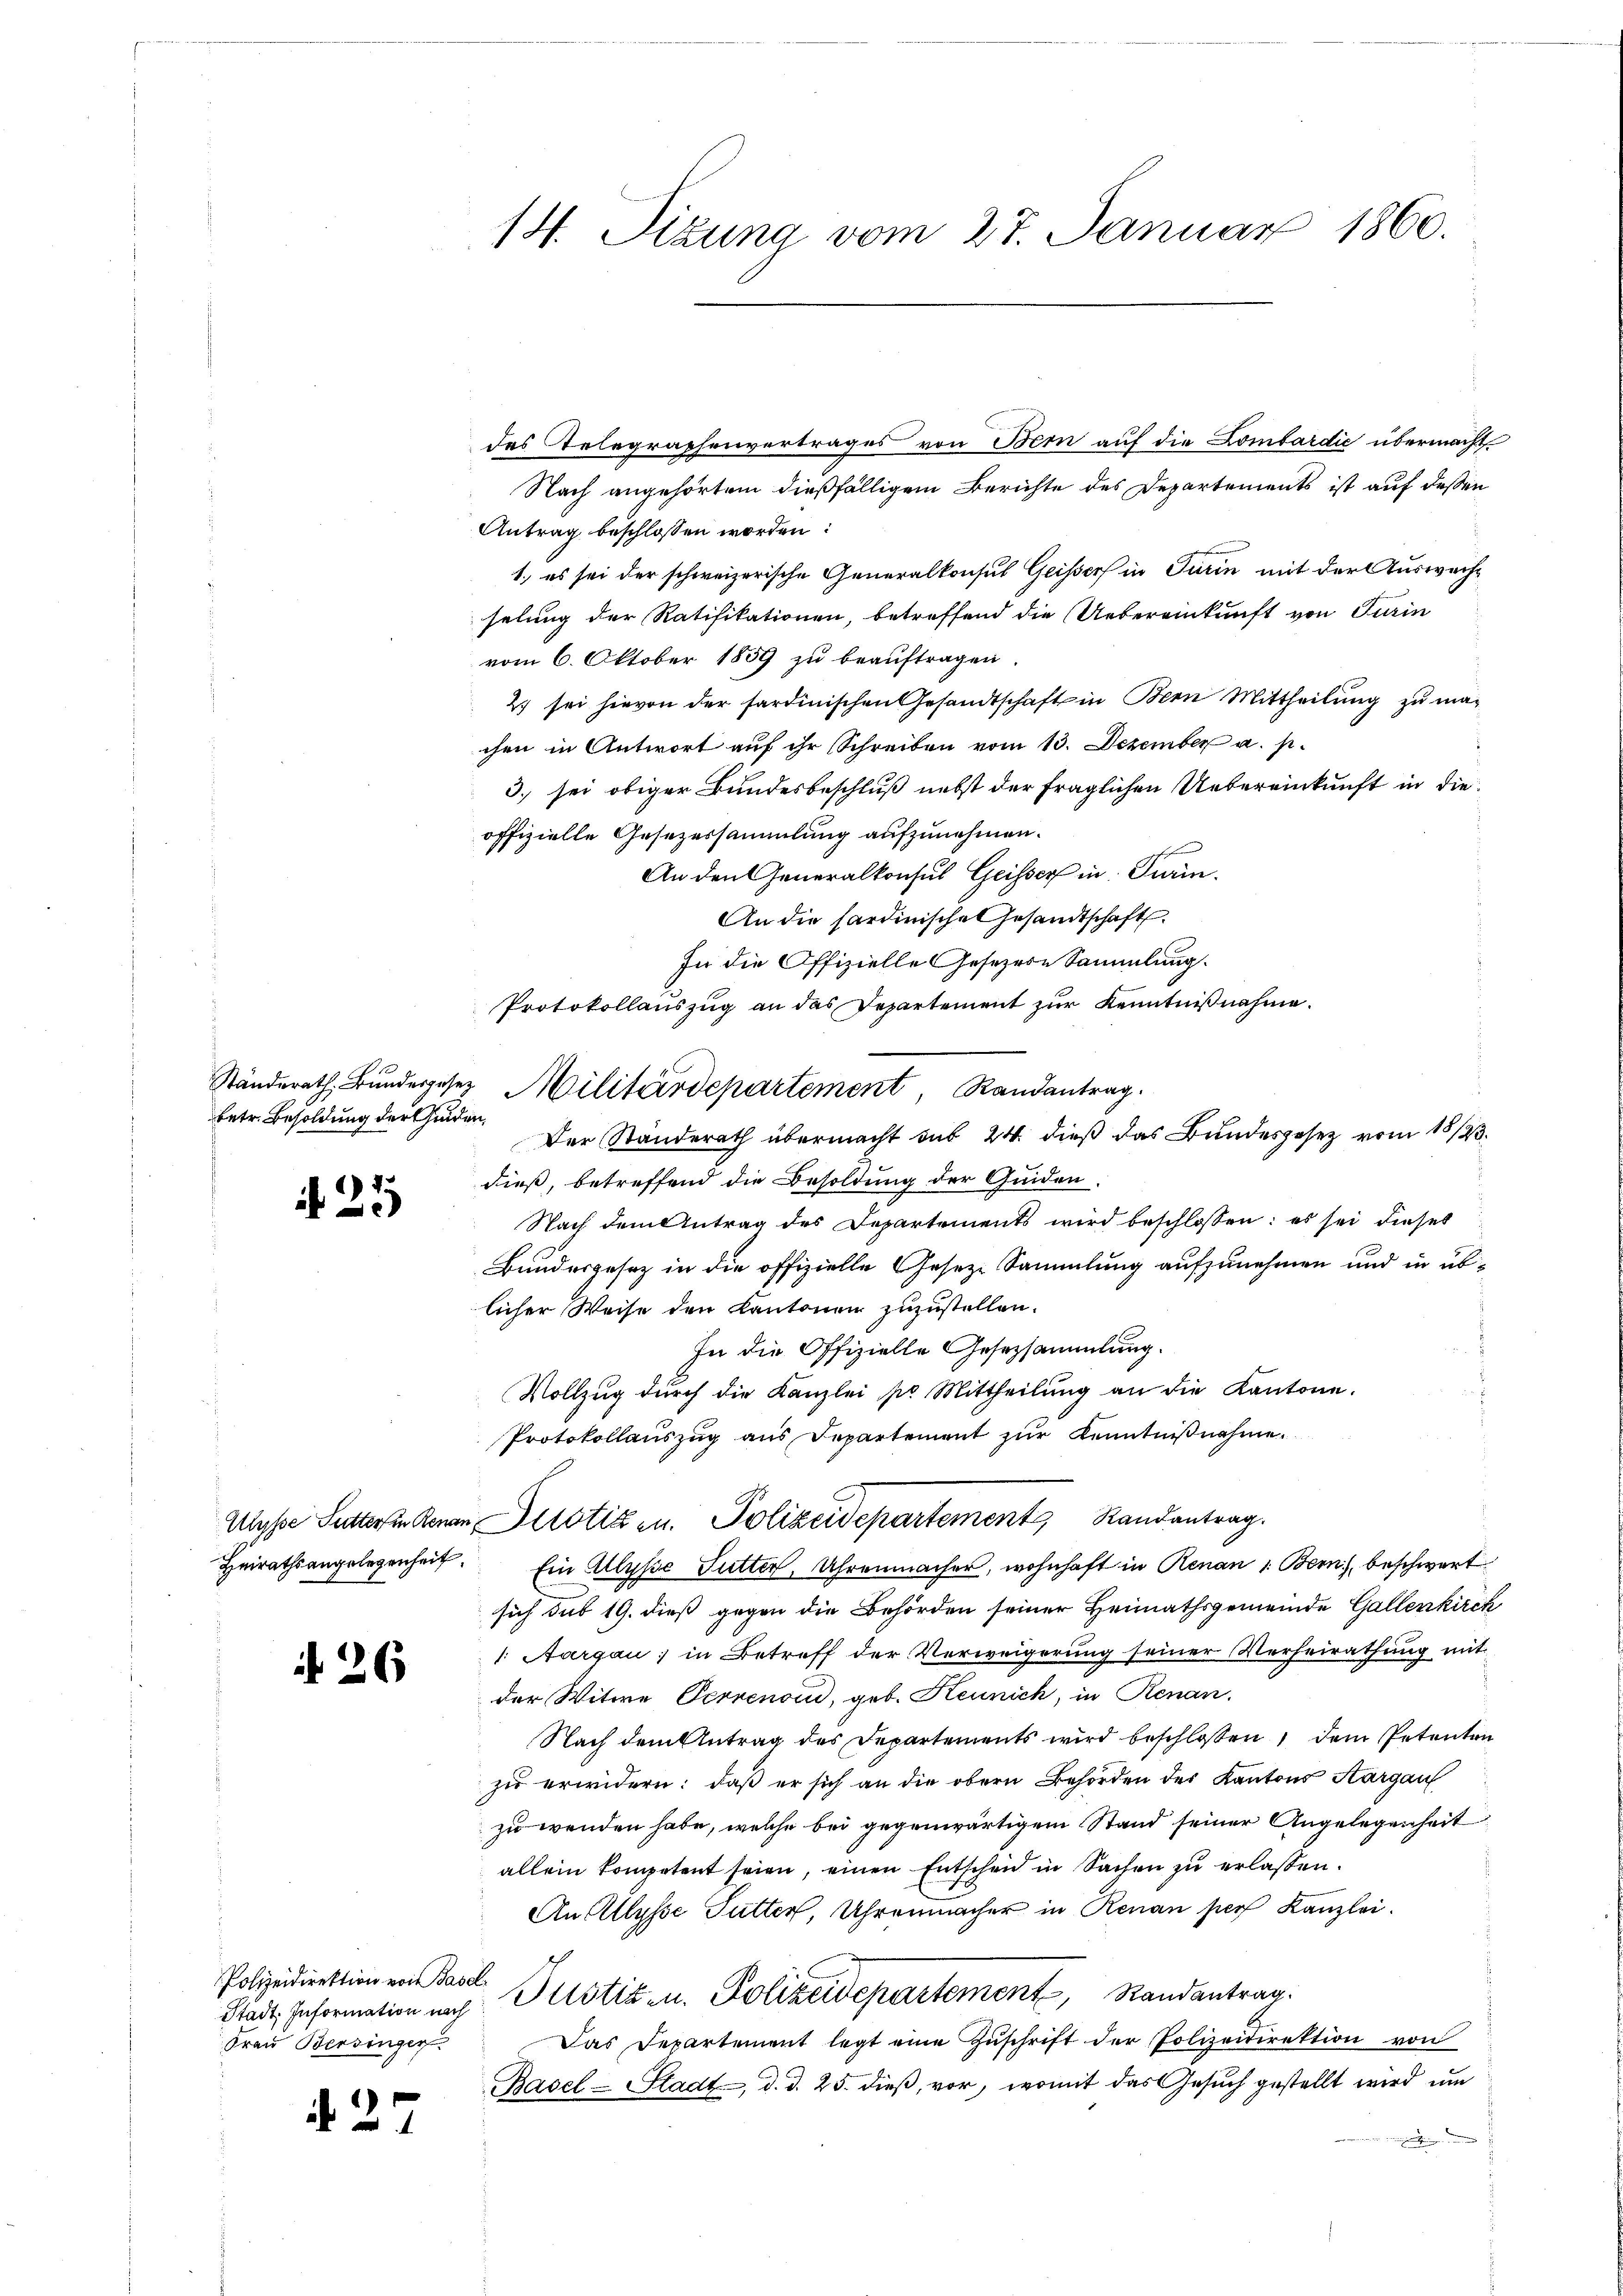
betr. Besoldung der Geden,

21

26

Polizeidirektion von Basel
Frau Bersinger

d. 2

14. Sizung vom 27. Januar 1860.

Nach angehörtem dießfälligem Berichte des Departements ist auf dessen
Antrag beschlossen worden:
1., es sei der schweizerische Generalkonsul Geissers in Turin mit der Auswachselung der Ratifikationen, betreffend die Uebereinkunft von Turin
vom 6. Oktober 1859 zu beauftragen.
2) sei hievon der sardinischen Gesandtschaft in Bern Mittheilung zu machen in Antwort aŭf ihr Schreiben vom 13. Dezember a. p.
3. sei obiger Bundesbeschluß nebst der fraglichen Uebereinkunft in dieoffizielle Gesezessammlung aufzunehmen.
f
An den Generalkonsul Geisser in Prin¬
An die sardinische Gesandtschaft.
In die Offizielle Gesezere Sammlung.
Protokollauszug an das Departement zur Kenntnißnahme.
Der Standerath übermacht sub 24 dieß das Bundesgesetz vom 18/23.
dieß, betreffend die Besoldung der Guiden.
Nach dem Antrag des Departements wird beschlossen: es sei dieses
Bundesgesetz in die offizielle Geseze Sammlung aufzunehmen und in üblicher Weise den Kantonen zuzustellen.
In die Offizielle Gesetzsammlung.
Vollzug dŭrch die Kanzlei po Mittheilŭng an die Kantone.
Protokollauszug aus Departement zŭr Kenntnißnahme.
Ulysse Sutteren Renan Pilotizen. Polizeidepartement, Randantrag.
Heirathsangelegenheit. Ein Allysse Futter, Uhrenmacher, wohnhaft in Renan 1. Bern, beschwert
sich sub 19. dieß gegen die Behörden seiner Heimathsgemeinde Gallenkirch
1. Aargau; in Betreff der Verweigerŭng seiner Verheirathŭng mit
der Witwe Perrenon, geb. Hennich, in Renan
Nach dem Antrag des Departements wird beschlossen, dem Petenten
zu erwidern: daß er sich an die obern Behörden des Kantons Aargau
zu wenden habe, welche bei gegenwärtigem Stand seiner Angelegenheit
allein kompetent seien, einen Entscheid in Sachen zu erlassen.
Au Ulysse Futter, Uhrenmacher in Renau pers Kanzlei.
Stadt. Information nach Justiz- u. Polizeidepartement, Randantrag.
Das Departement legt eine Zŭschrift der Polizeidirektion von
Basel-Stadt, d. d. 25. dieß, vor, womit das Gesuch gestellt wird, um

Ständerath Bundergesez Militärdepartement, Randantrag

des Telegraphenvertrages von Bern auf die Lombardić übermacht.